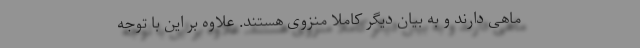
ماهی دارند و به بیان دیگر کاملا منزوی هستند. علاوه بر این با توجه